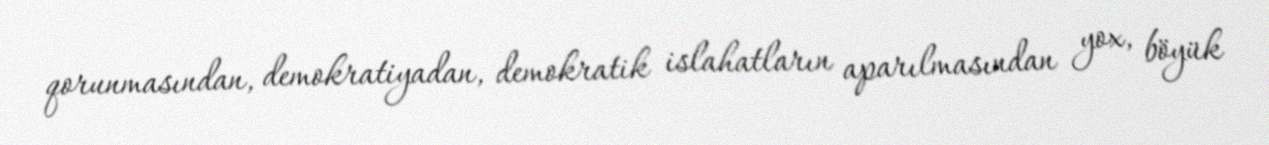
qorunmasından, demokratiyadan, demokratik islahatların aparılmasından yox, böyük